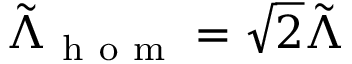
\tilde { \Lambda } _ { \mathrm { ~ h ~ o ~ m ~ } } = \sqrt { 2 } \tilde { \Lambda }